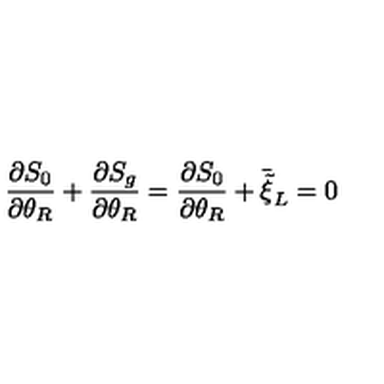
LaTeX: \frac { \partial S _ { 0 } } { \partial \theta _ { R } } + \frac { \partial S _ { g } } { \partial \theta _ { R } } = \frac { \partial S _ { 0 } } { \partial \theta _ { R } } + \bar { \tilde { \xi } } _ { L } = 0